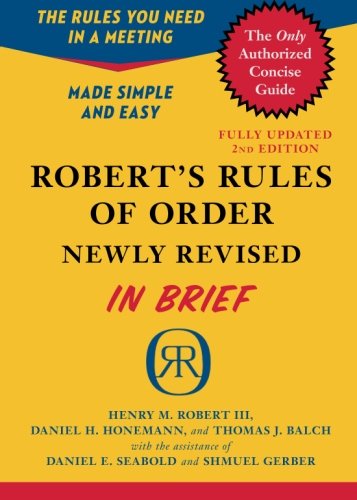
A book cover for Robert's Rules of Order Newly Revised In Brief, 2nd edition (Roberts Rules of Order in Brief); Henry M. III Robert; Politics & Social Sciences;